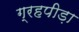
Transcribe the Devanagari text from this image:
ग्रहपीड़ा